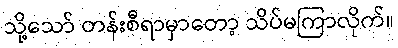
သို့သော် တန်းစီရာမှာတော့ သိပ်မကြာလိုက်။